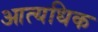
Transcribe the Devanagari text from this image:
आत्यधिक